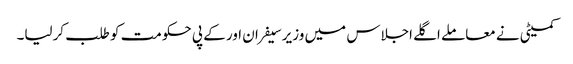
کمیٹی نے معاملے اگلے اجلاس میں وزیر سیفران اور کے پی حکومت کو طلب کرلیا۔